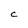
Character: C